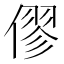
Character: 僇